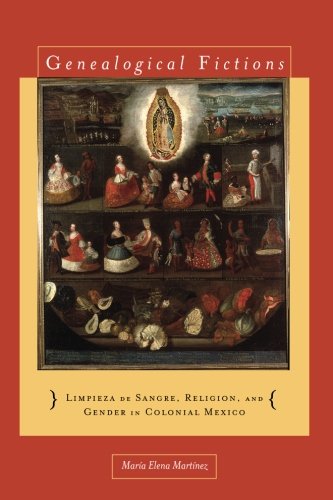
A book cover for Genealogical Fictions: Limpieza de Sangre, Religion, and Gender in Colonial Mexico; MarÃ­a Elena MartÃ­nez; History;